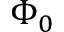
\Phi _ { 0 }